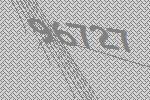
96727